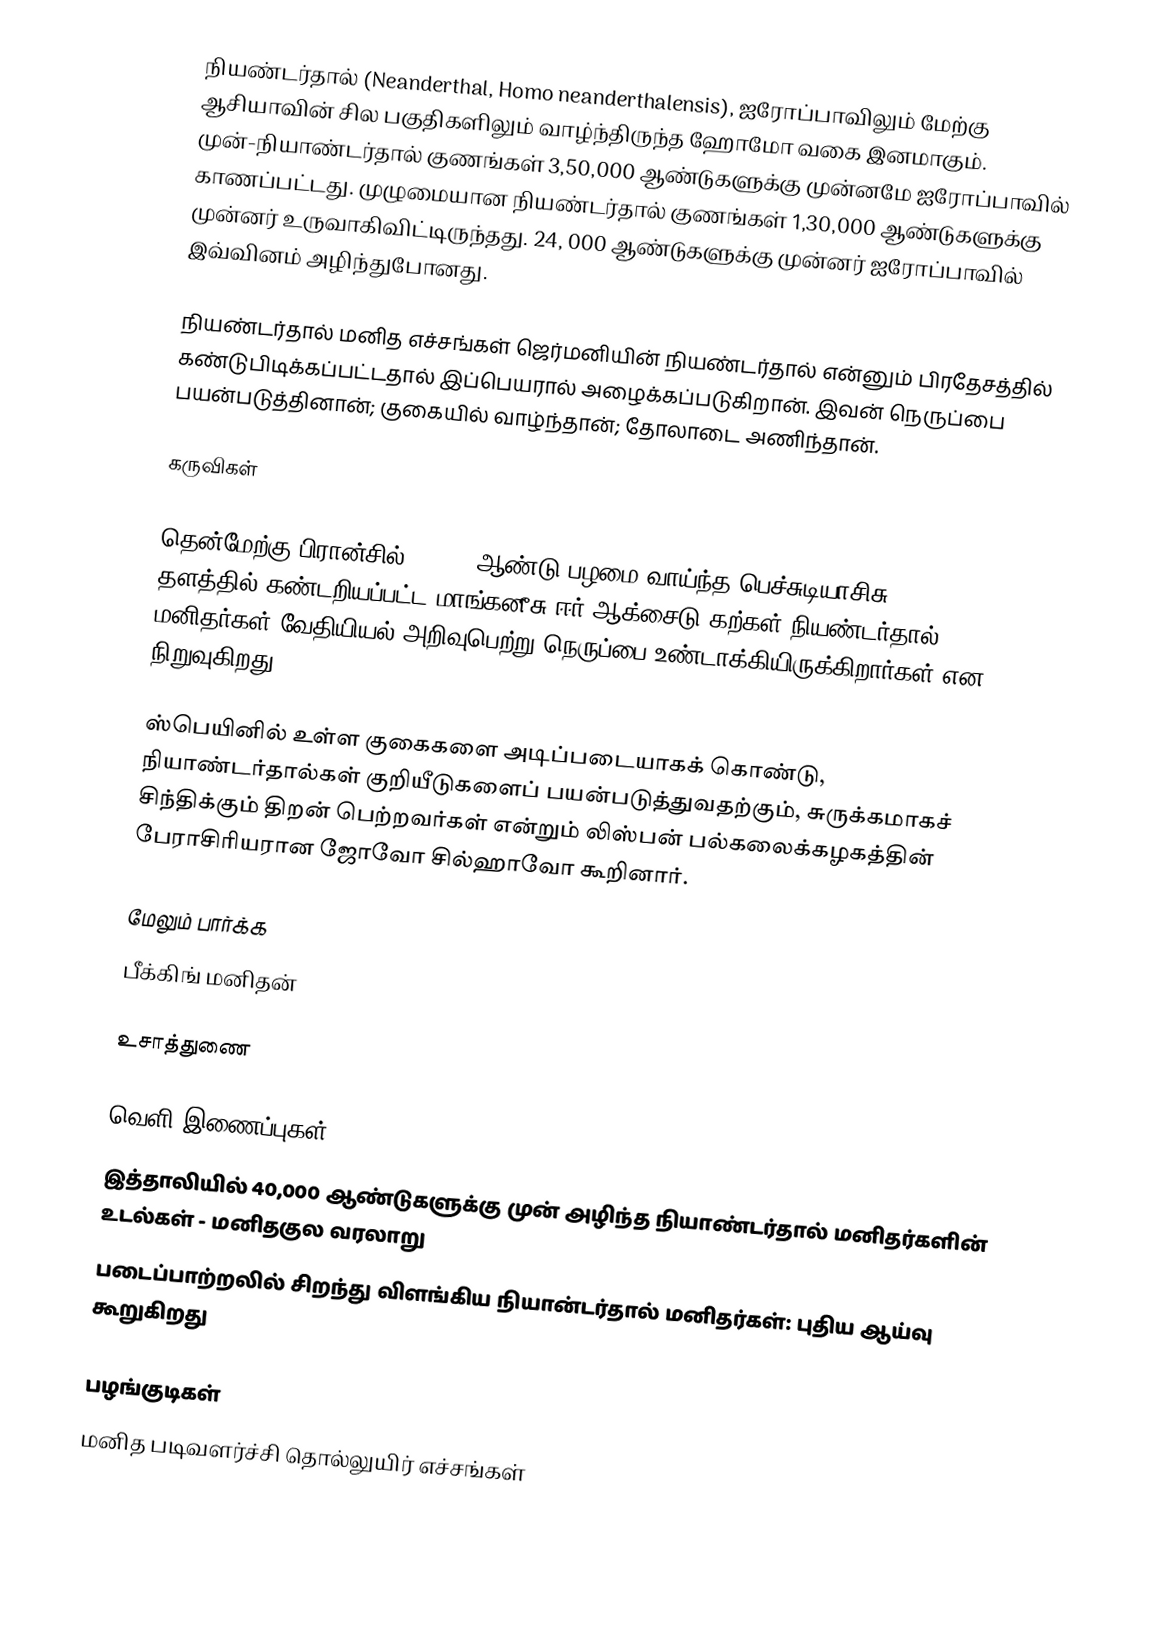
நியண்டர்தால் (Neanderthal, Homo neanderthalensis), ஐரோப்பாவிலும் மேற்கு ஆசியாவின் சில பகுதிகளிலும் வாழ்ந்திருந்த ஹோமோ வகை இனமாகும். முன்-நியாண்டர்தால் குணங்கள் 3,50,000 ஆண்டுகளுக்கு முன்னமே ஐரோப்பாவில் காணப்பட்டது. முழுமையான நியண்டர்தால் குணங்கள் 1,30,000 ஆண்டுகளுக்கு முன்னர் உருவாகிவிட்டிருந்தது. 24, 000 ஆண்டுகளுக்கு முன்னர் ஐரோப்பாவில் இவ்வினம் அழிந்துபோனது.

நியண்டர்தால் மனித எச்சங்கள் ஜெர்மனியின் நியண்டர்தால் என்னும் பிரதேசத்தில் கண்டுபிடிக்கப்பட்டதால் இப்பெயரால் அழைக்கப்படுகிறான். இவன் நெருப்பை பயன்படுத்தினான்; குகையில் வாழ்ந்தான்; தோலாடை அணிந்தான்.

கருவிகள்

தென்மேற்கு பிரான்சில் 50,000 ஆண்டு பழமை வாய்ந்த பெச்சுடியாசிசு (Pech-de-l’Azé I) தளத்தில் கண்டறியப்பட்ட மாங்கனீசு ஈர் ஆக்சைடு கற்கள் நியண்டர்தால் மனிதர்கள் வேதியியல் அறிவுபெற்று நெருப்பை உண்டாக்கியிருக்கிறார்கள் என நிறுவுகிறது.

ஸ்பெயினில் உள்ள குகைகளை அடிப்படையாகக் கொண்டு, நியாண்டர்தால்கள் குறியீடுகளைப் பயன்படுத்துவதற்கும், சுருக்கமாகச் சிந்திக்கும் திறன் பெற்றவர்கள் என்றும் லிஸ்பன் பல்கலைக்கழகத்தின் பேராசிரியரான ஜோவோ சில்ஹாவோ கூறினார்.

மேலும் பார்க்க
 பீக்கிங் மனிதன்

உசாத்துணை

வெளி இணைப்புகள்
 இத்தாலியில் 40,000 ஆண்டுகளுக்கு முன் அழிந்த நியாண்டர்தால் மனிதர்களின் உடல்கள் - மனிதகுல வரலாறு
படைப்பாற்றலில் சிறந்து விளங்கிய நியான்டர்தால் மனிதர்கள்: புதிய ஆய்வு கூறுகிறது

பழங்குடிகள்
மனித படிவளர்ச்சி தொல்லுயிர் எச்சங்கள்